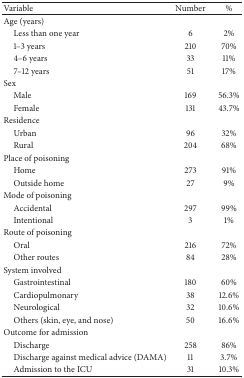
<table><thead><tr><td><b>Variable</b></td><td><b>Number </b></td><td><b>%</b></td></tr></thead><tbody><tr><td>Age (years)</td><td> </td><td> </td></tr><tr><td> Less than one year</td><td>6</td><td>2%</td></tr><tr><td> 1–3 years</td><td>210</td><td>70%</td></tr><tr><td> 4–6 years</td><td>33</td><td>11%</td></tr><tr><td> 7–12 years</td><td> 51</td><td>17%</td></tr><tr><td> Sex</td><td> </td><td> </td></tr><tr><td> Male</td><td>169</td><td>56.3%</td></tr><tr><td> Female</td><td>131</td><td>43.7%</td></tr><tr><td>Residence</td><td> </td><td> </td></tr><tr><td> Urban</td><td> 96</td><td>32%</td></tr><tr><td> Rural</td><td>204</td><td>68%</td></tr><tr><td>Place of poisoning</td><td> </td><td> </td></tr><tr><td> Home</td><td>273</td><td>91%</td></tr><tr><td> Outside home </td><td>27</td><td>9%</td></tr><tr><td>Mode of poisoning</td><td> </td><td> </td></tr><tr><td> Accidental</td><td>297</td><td>99%</td></tr><tr><td> Intentional</td><td>3</td><td>1%</td></tr><tr><td>Route of poisoning</td><td> </td><td> </td></tr><tr><td> Oral</td><td> 216</td><td>72%</td></tr><tr><td> Other routes</td><td>84</td><td>28%</td></tr><tr><td>System involved</td><td> </td><td> </td></tr><tr><td> Gastrointestinal </td><td> 180</td><td>60%</td></tr><tr><td> Cardiopulmonary</td><td> 38</td><td>12.6%</td></tr><tr><td> Neurological</td><td>32</td><td>10.6%</td></tr><tr><td> Others (skin, eye, and nose) </td><td>50</td><td>16.6%</td></tr><tr><td>Outcome for admission </td><td> </td><td> </td></tr><tr><td> Discharge </td><td> 258</td><td>86%</td></tr><tr><td> Discharge against medical advice (DAMA)</td><td> 11</td><td>3.7%</td></tr><tr><td> Admission to the ICU</td><td>31</td><td>10.3%</td></tr></tbody></table>